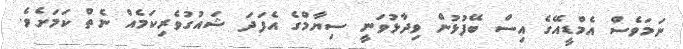
ނަމަވެސް އެމްޑީއޭގެ އިސް ބޭފުޅުން ވިދާޅުވަނީ ސިޔާމްގެ އެފަދަ ޝައުގުވެރިކަމެއް ނެތް ކަމަށެވެ.